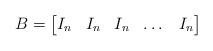
LaTeX: \begin{align*}B=\left[\begin{matrix}I_n&I_n&I_n&\dots &I_n\\\end{matrix}\right]\end{align*}